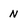
Character: N